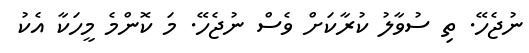
ނުޖެހޭ. ތި ސުވާލު ކުރާކަށް ވެސް ނުޖެހޭ. މަ ކޮންމެ މީހަކާ އެކު